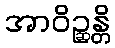
အာဝိဉ္ဆန္တိ